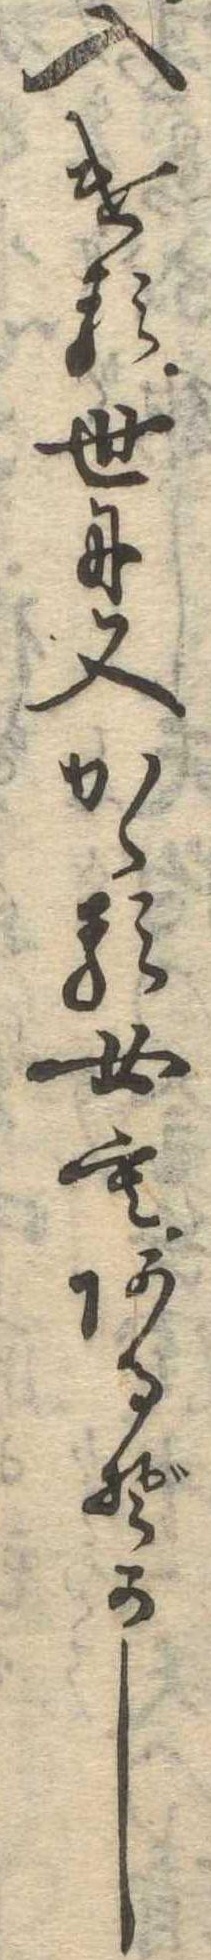
入ける世に又かゝる女もあるぞかし